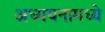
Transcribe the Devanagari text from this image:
अध्ययनामध्ये